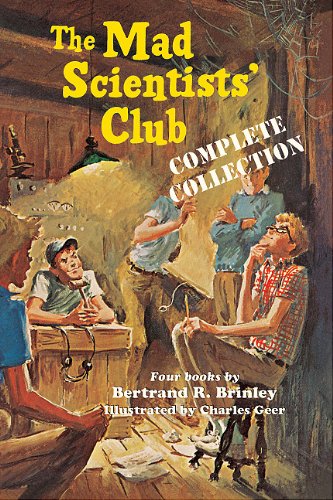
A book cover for The Mad Scientists' Club Complete Collection; Bertrand R. Brinley; Teen & Young Adult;